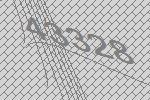
43328